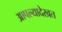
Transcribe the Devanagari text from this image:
आपल्यादेखत